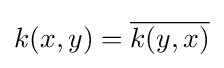
k(x,y)={\overline {k(y,x)}}